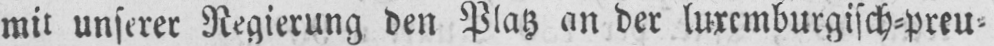
mit unserer Regierung den Platz an der luxemburgisch⸗preu⸗